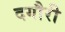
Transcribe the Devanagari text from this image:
दगौरी